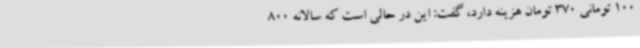
100 تومانی 370 تومان هزینه دارد، گفت: این در حالی است که سالانه 800